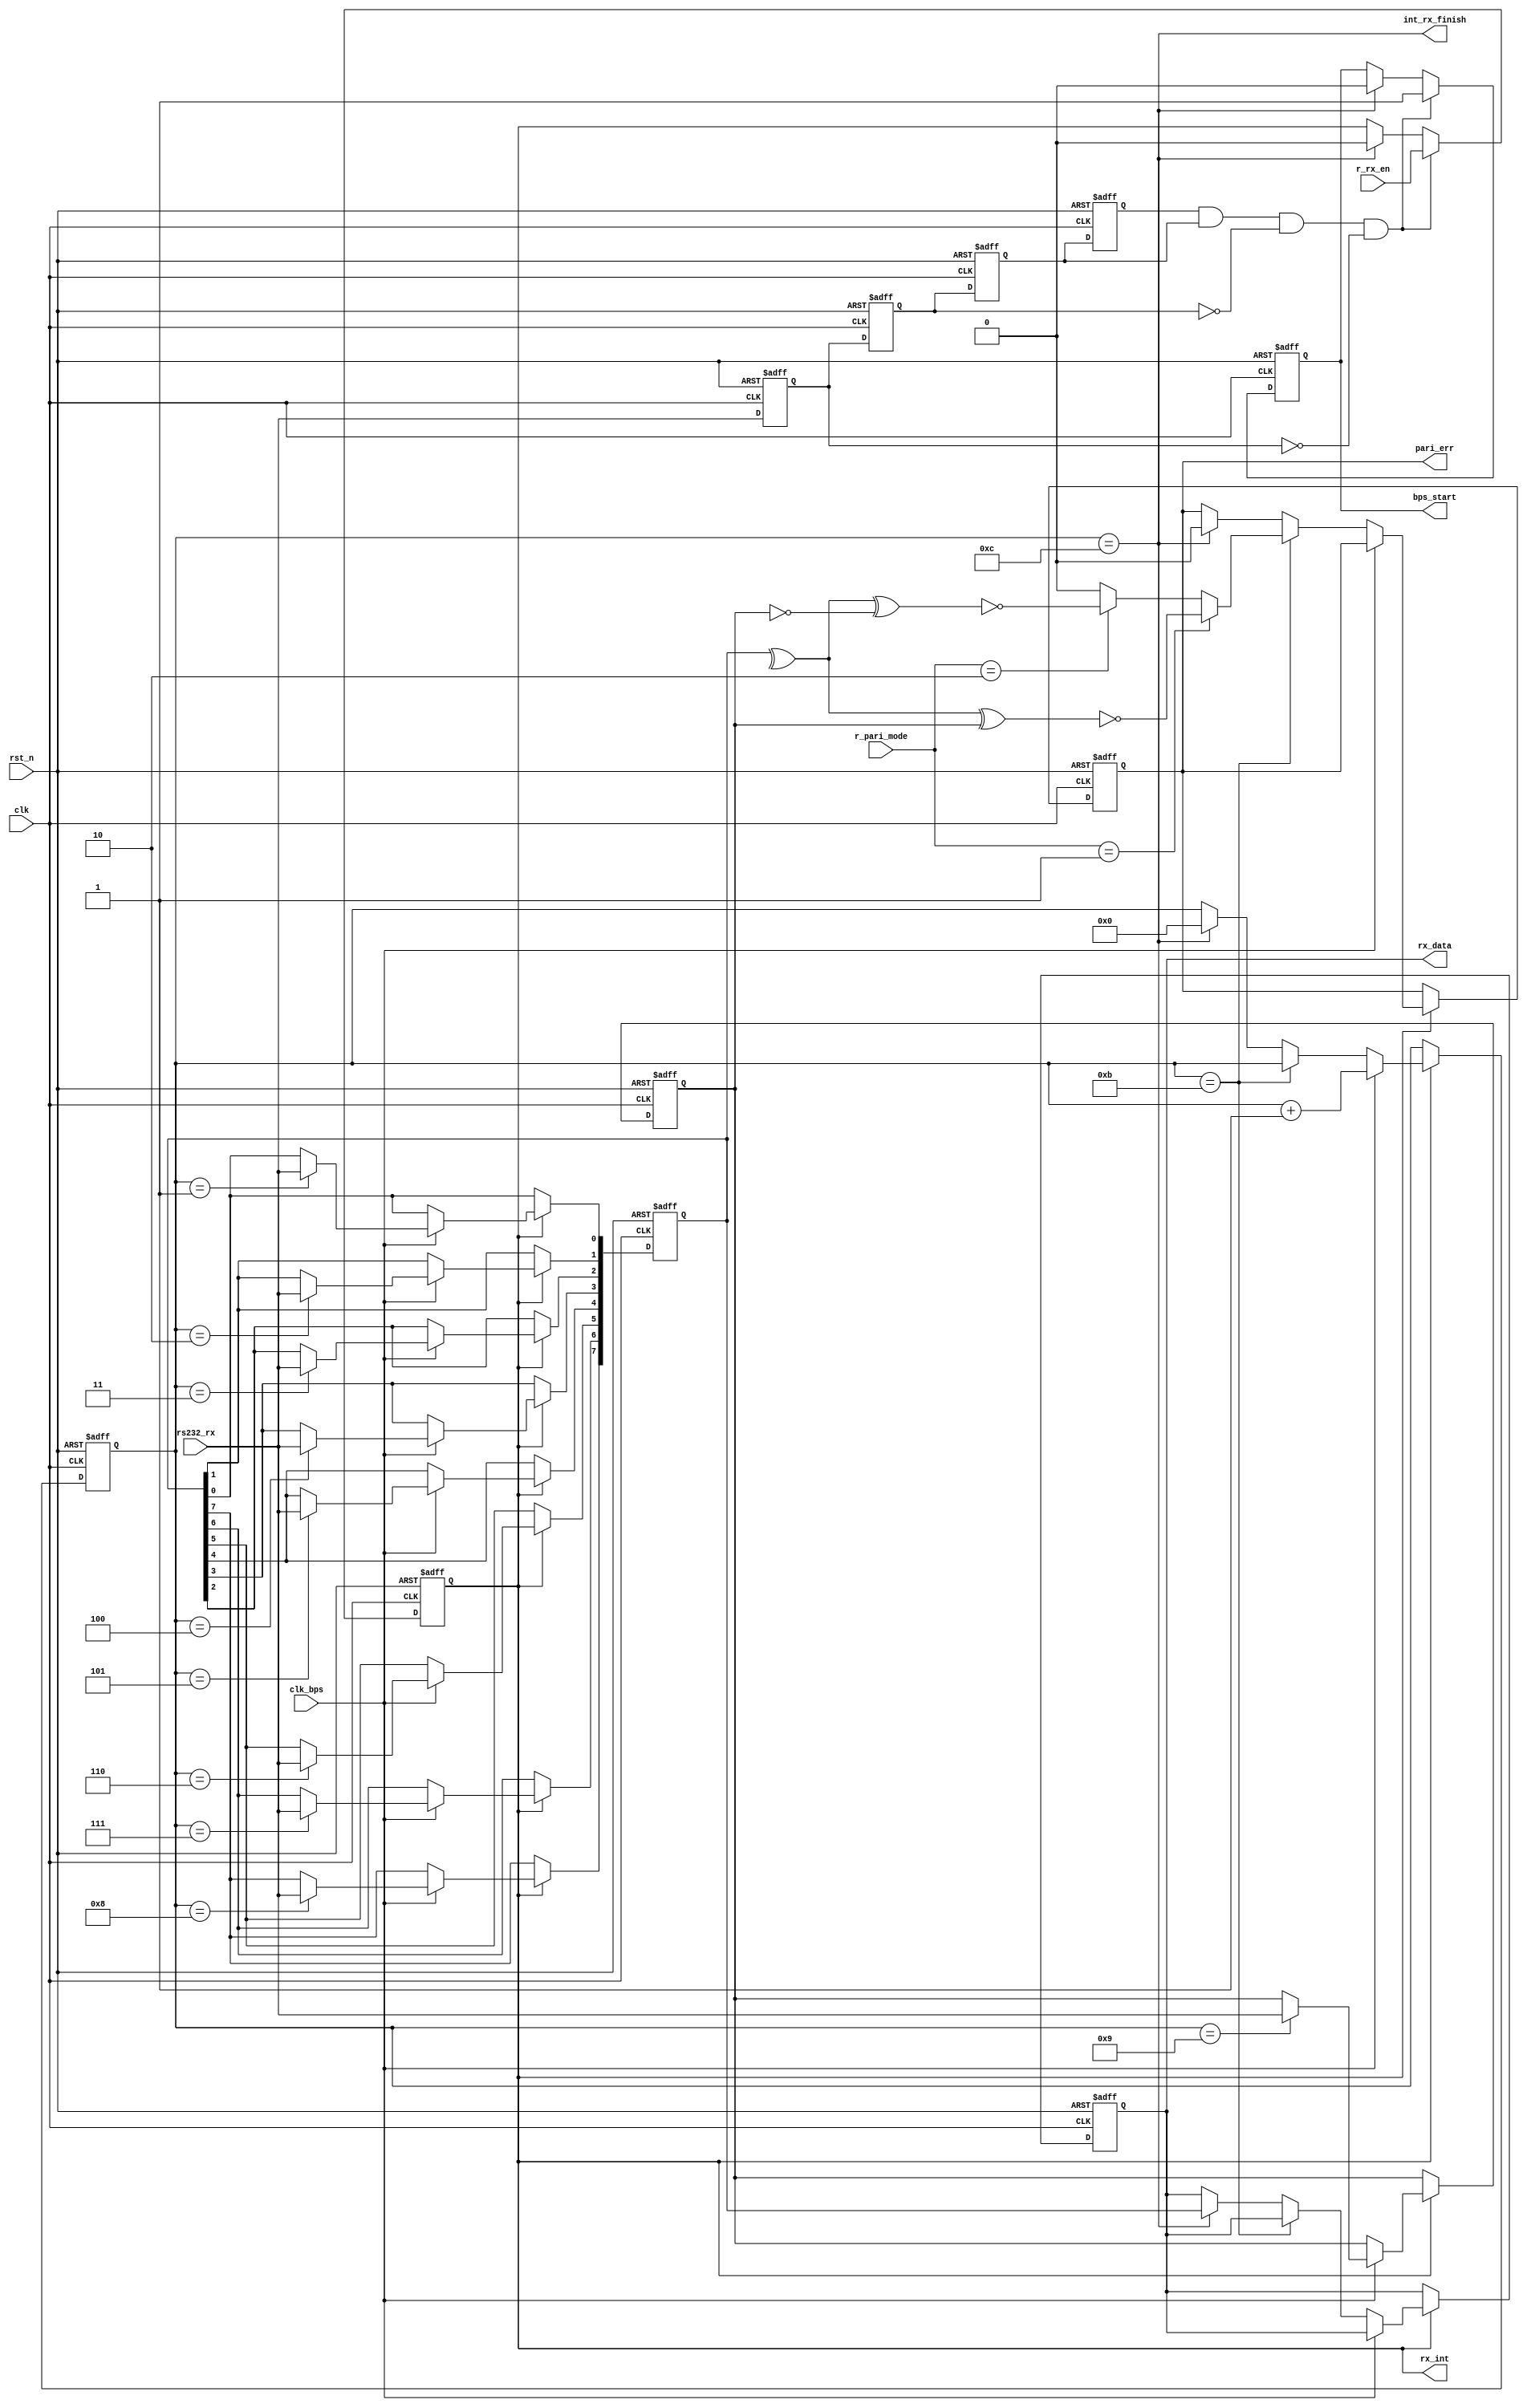
`timescale 1ns / 1ps
////////////////////////////////////////////////////////////////////////////////
// Company: 
// Engineer:
//
// Design Name:    
// Module Name:    my_uart_rx
// Project Name:   
// Target Device:  
// Tool versions:  
// Description:
//
// Dependencies:
// 
// Revision:
// Revision 0.01 - File Created
// Additional Comments:
// 
////////////////////////////////////////////////////////////////////////////////
module my_uart_rx(
				clk,rst_n,
				rs232_rx,rx_data,rx_int,
				clk_bps,bps_start,
				//add by cong
				r_rx_en,r_pari_mode,
				int_rx_finish,pari_err
			);

input clk;		// 50MHz
input rst_n;	//
input rs232_rx;	// RS232
input clk_bps;	// clk_bps
output bps_start;		//
output[7:0] rx_data;	// 
output rx_int;	//,
//add by cong
input	r_rx_en;	//register rx enable
input[1:0]	r_pari_mode;	//pariy mode. 00:non,01:old,10even
output	int_rx_finish;	//interrupt rx finish
output	pari_err;	//parity check error

//----------------------------------------------------------------
reg rs232_rx0,rs232_rx1,rs232_rx2,rs232_rx3;	//
wire neg_rs232_rx;	//

always @ (posedge clk or negedge rst_n) begin
	if(!rst_n) begin
			rs232_rx0 <= 1'b0;
			rs232_rx1 <= 1'b0;
			rs232_rx2 <= 1'b0;
			rs232_rx3 <= 1'b0;
		end
	else begin
			rs232_rx0 <= rs232_rx;
			rs232_rx1 <= rs232_rx0;
			rs232_rx2 <= rs232_rx1;
			rs232_rx3 <= rs232_rx2;
		end
end
	//<20ns-40ns()
	// 
	//40ns
assign neg_rs232_rx = rs232_rx3 & rs232_rx2 & ~rs232_rx1 & ~rs232_rx0;	//neg_rs232_rx

//----------------------------------------------------------------
reg bps_start_r;
reg[3:0] num;	//
reg rx_int;		//,

always @ (posedge clk or negedge rst_n)
	if(!rst_n) begin
			bps_start_r <= 1'bz;
			rx_int <= 1'b0;
		end
	else if(neg_rs232_rx) begin		//rs232_rx
			bps_start_r <= 1'b1;	//
//			rx_int <= 1'b1;			//
			rx_int <= r_rx_en;			//
		end
	else if(num==4'd12) begin		//
			bps_start_r <= 1'b0;	//
			rx_int <= 1'b0;			//
		end

assign bps_start = bps_start_r;

//----------------------------------------------------------------
reg[7:0] rx_temp_data;	//
//add by cong
reg	pari_bit;
reg	pari_err;
reg [7:0] rx_data_r;//     xiugai///////////////////////////////////
always @ (posedge clk or negedge rst_n)
	if(!rst_n) begin
			rx_temp_data <= 8'd0;
			num <= 4'd0;
			rx_data_r <= 8'd0;
			pari_bit <= 1'b0;	//add by cong
			pari_err <= 1'b0;	//add by cong	
		end
	else if(rx_int) begin	//
		if(clk_bps) begin	//,8bit12		
				num <= num+1'b1;
				case (num)
						4'd1: rx_temp_data[0] <= rs232_rx;	//0bit
						4'd2: rx_temp_data[1] <= rs232_rx;	//1bit
						4'd3: rx_temp_data[2] <= rs232_rx;	//2bit
						4'd4: rx_temp_data[3] <= rs232_rx;	//3bit
						4'd5: rx_temp_data[4] <= rs232_rx;	//4bit
						4'd6: rx_temp_data[5] <= rs232_rx;	//5bit
						4'd7: rx_temp_data[6] <= rs232_rx;	//6bit
						4'd8: rx_temp_data[7] <= rs232_rx;	//7bit
						4'd9: pari_bit <= rs232_rx;	//parity bit, add by cong
						default: ;
					endcase
			end
		//add by cong
		else if(num == 4'd11)begin
			if(r_pari_mode==2'b01)pari_err <= ~((^rx_temp_data)^pari_bit==1'b1);
			else if(r_pari_mode==2'b10)pari_err <= ~((^rx_temp_data)^pari_bit==1'b0);
			else pari_err <= 1'b0;
		end
		else if(num == 4'd12) begin		//1+8+1(2)=11bit
				num <= 4'd0;			//STOP,num
				rx_data_r <= rx_temp_data;	//rx_data
				pari_err <= 1'b0;	//add by cong	
		end
	end

assign rx_data = rx_data_r;	
assign	int_rx_finish = (num==4'd12);	//add by cong
endmodule